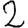
Digit: 2